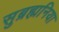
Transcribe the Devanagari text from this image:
सुब्रह्मनिया